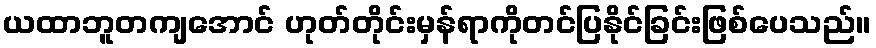
ယထာဘူတကျအောင် ဟုတ်တိုင်းမှန်ရာကိုတင်ပြနိုင်ခြင်းဖြစ်ပေသည်။